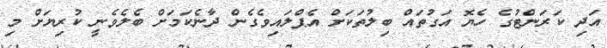
އަދި ކަރަންޓުގެ ހެޔޮ އަގުތައް ބިލުތަކަށް އެޕްލައިވެގެން ދާނެކަމަށް ބެލެވެނީ ކުރިޔަށް މި